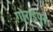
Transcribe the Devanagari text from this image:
गोराइपुर